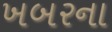
ખબરના